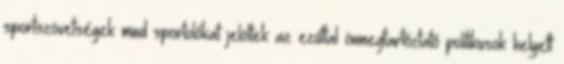
sportszövetségek mind sportolókat jelöltek az ezúttal önmegtartóztató politikusok helyett